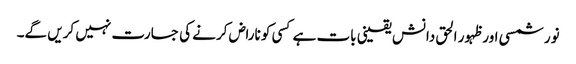
نور شمسی اور ظہور الحق دانش یقینی بات ہے کسی کو ناراض کرنے کی جسارت نہیں کریں گے۔